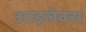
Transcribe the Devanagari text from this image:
आइलेक्स